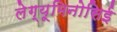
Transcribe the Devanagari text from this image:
लेग्यूमिनोसिई